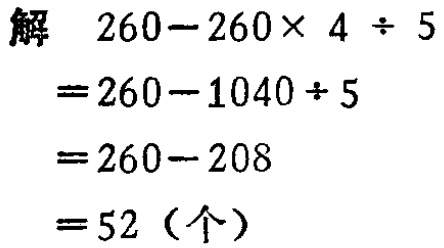
\[
\begin{align*}
&解\quad260 - 260\times4\div5\\
&= 260 - 1040\div5\\
&= 260 - 208\\
&= 52（个）
\end{align*}
\]